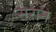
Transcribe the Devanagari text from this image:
सेराने